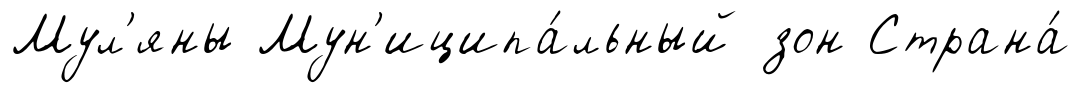
Мул'яны Мун'иципа́льный зон Страна́